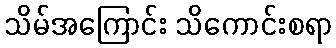
သိမ်အကြောင်း သိကောင်းစရာ